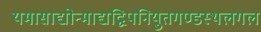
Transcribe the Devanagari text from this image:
यमासाद्योन्माद्यद्विपनियुतगण्डस्थलगल